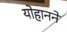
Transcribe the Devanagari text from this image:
योहानने